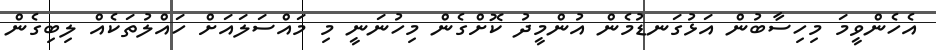
އެހެންވީމަ މިހިސާބުން އަޅުގަނޑުމެން އުންމީދު ކޮށްގެން މިހުނަނީ މި މައްސަލައަށް ހައްލުތަކެއް ލިބިގެން